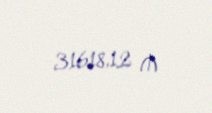
31618,12 ₼